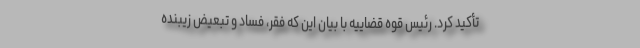
تأکید کرد. رئیس قوه قضاییه با بیان این که فقر، فساد و تبعیض زیبنده